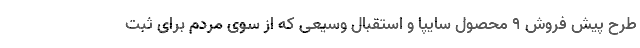
طرح پیش فروش 9 محصول سایپا و استقبال وسیعی که از سوی مردم برای ثبت